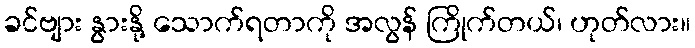
ခင်ဗျား နွားနို့ သောက်ရတာကို အလွန် ကြိုက်တယ်၊ ဟုတ်လား။